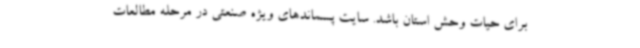
برای حیات وحش استان باشد. سایت پسماندهای ویژه صنعتی در مرحله مطالعات